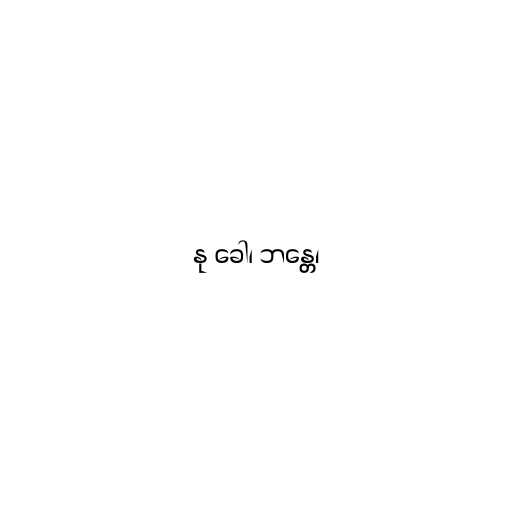
နု ခေါ၊ ဘန္တေ၊